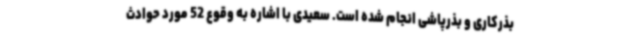
بذرکاری و بذرپاشی انجام شده است. سعیدی با اشاره به وقوع 52 مورد حوادث